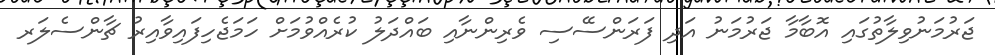
ޖަރުމަނުވިލާތުގައި އޮބާމާ ޖަރުމަނު އަދި ފަރަންސޭސި ވެރިންނާއި ބައްދަލު ކުރެއްވުމަށް ހަމަޖެހިފައިވާއިރު ޗާންސެލަރ